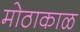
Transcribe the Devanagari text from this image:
मोठाकाळ